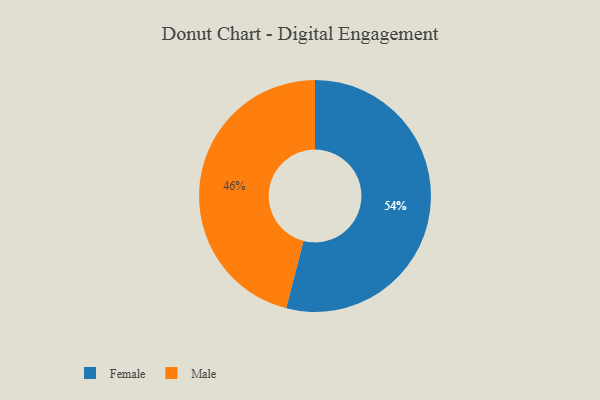
{"axis": {"x": "Category", "y": "Percentage"}, "legend": ["Female", "Male"], "data": [{"x": "Male", "y": 46, "type": "Male"}, {"x": "Female", "y": 54, "type": "Female"}]}